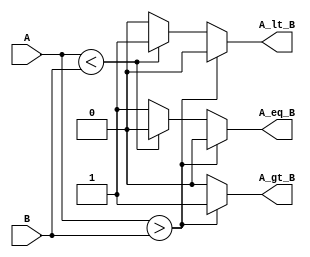
module ParameterizedComparator #(
    parameter WIDTH = 8  // Default width is 8 bits
)(
    input  wire [WIDTH-1:0] A,  // Input A
    input  wire [WIDTH-1:0] B,  // Input B
    output reg  A_gt_B,          // Output: A > B
    output reg  A_lt_B,          // Output: A < B
    output reg  A_eq_B           // Output: A == B
);

    // Always block for combinational logic
    always @(*) begin
        // Initialize outputs to zero
        A_gt_B = 0;
        A_lt_B = 0;
        A_eq_B = 0;

        // Compare the inputs
        if (A > B) begin
            A_gt_B = 1;  // A is greater than B
        end else if (A < B) begin
            A_lt_B = 1;  // A is less than B
        end else begin
            A_eq_B = 1;  // A is equal to B
        end
    end

endmodule